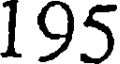
195